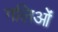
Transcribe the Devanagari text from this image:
गलिओं